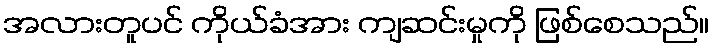
အလားတူပင် ကိုယ်ခံအား ကျဆင်းမှုကို ဖြစ်စေသည်။